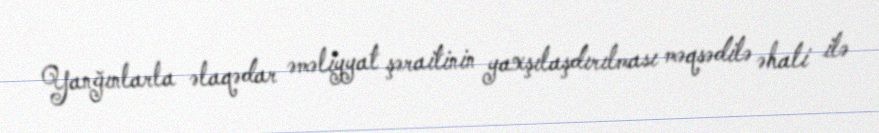
Yanğınlarla əlaqədar əməliyyat şəraitinin yaxşılaşdırılması məqsədilə əhali ilə